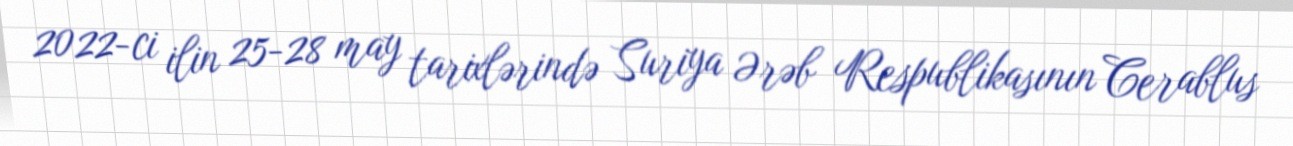
2022-ci ilin 25-28 may tarixlərində Suriya Ərəb Respublikasının Cerablus